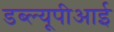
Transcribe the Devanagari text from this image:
डब्ल्यूपीआई